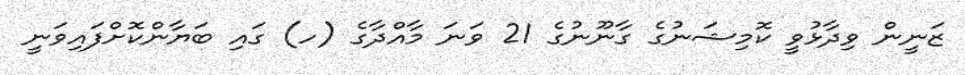
ޒަނީން ވިދާޅުވީ ކޮމިޝަނުގެ ގާނޫނުގެ 21 ވަނަ މާއްދާގެ (ހ) ގައި ބަޔާންކޮށްފައިވަނީ